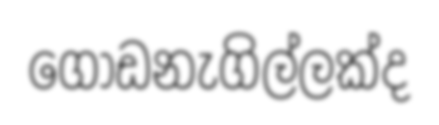
ගොඩනැගිල්ලක්ද